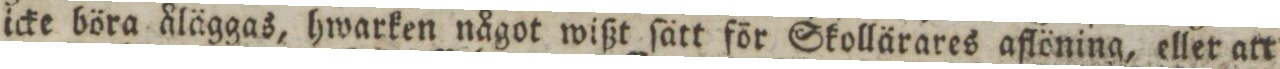
icke böra åläggas, hwarken något wißt ſätt för Skollärares aflöning, eller art